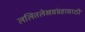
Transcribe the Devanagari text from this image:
ललितलेखसंग्रहासाठी